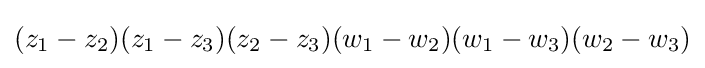
(z_{1}-z_{2})(z_{1}-z_{3})(z_{2}-z_{3})(w_{1}-w_{2})(w_{1}-w_{3})(w_{2}-w_{3})